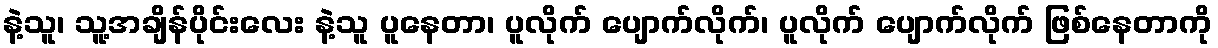
နဲ့သူ၊ သူ့အချိန်ပိုင်းလေး နဲ့သူ ပူနေတာ၊ ပူလိုက် ပျောက်လိုက်၊ ပူလိုက် ပျောက်လိုက် ဖြစ်နေတာကို